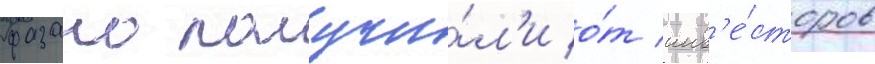
фазано получи́л'и о́т инв'е́сторов